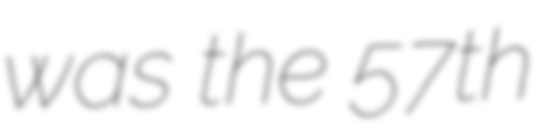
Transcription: was the 57th